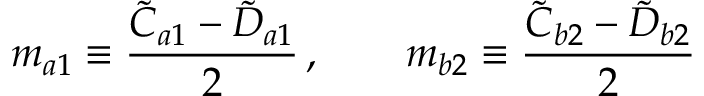
m _ { a 1 } \equiv \frac { \tilde { C } _ { a 1 } - \tilde { D } _ { a 1 } } { 2 } \, , \qquad m _ { b 2 } \equiv \frac { \tilde { C } _ { b 2 } - \tilde { D } _ { b 2 } } { 2 }